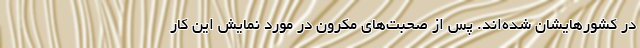
در کشورهایشان شده‌اند. پس از صحبت‌های مکرون در مورد نمایش این کار